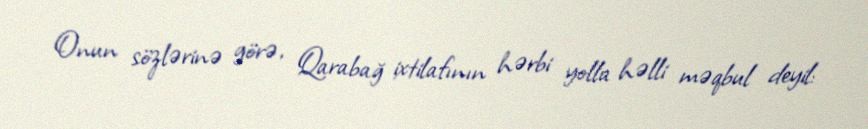
Onun sözlərinə görə, Qarabağ ixtilafının hərbi yolla həlli məqbul deyil: